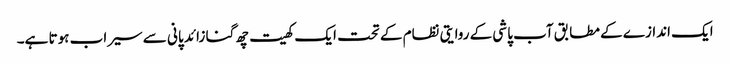
ایک اندازے کے مطابق آب پاشی کے روایتی نظام کے تحت ایک کھیت چھ گنا زائد پانی سے سیراب ہوتا ہے۔